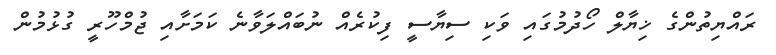
ރައްޔިތުންގެ ޚިޔާލް ހޯދުމުގައި ވަކި ސިޔާސީ ފިކުރެއް ނުބައްލަވާނެ ކަމަށާއި ޖުމްހޫރީ ގުޅުމުން